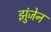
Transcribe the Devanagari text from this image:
झुंजेन